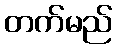
တက်မည်